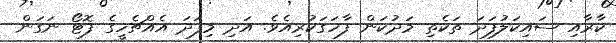
ކާރާއި ސައިކަލުފަދަ ތަކެތި މަދުކަން ފާހަގަކުރިއެވެ. އަދި މިފަދަ އެއްޗެހީގެ ފޮޓޯ ނަގަން